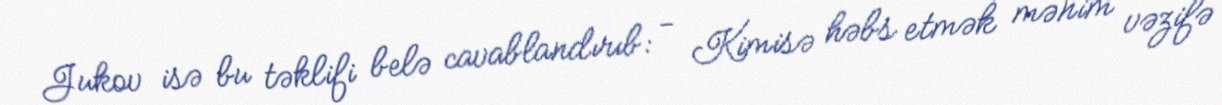
Jukov isə bu təklifi belə cavablandırıb: - Kimisə həbs etmək mənim vəzifə